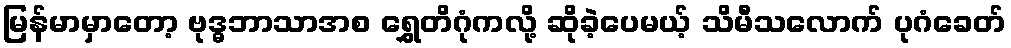
မြန်မာမှာတော့ ဗုဒ္ဓဘာသာအစ ရွှေတိဂုံကလို့ ဆိုခဲ့ပေမယ့် သိမီသလောက် ပုဂံခေတ်